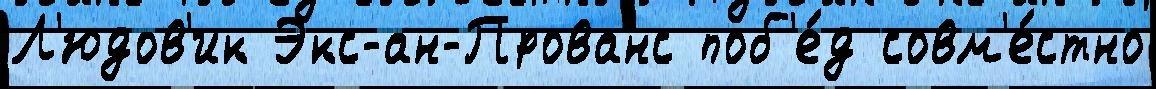
Л'юдов'ик Экс-ан-Прованс поб'е́д совм'е́стно